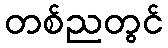
တစ်ညတွင်